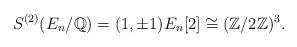
LaTeX: \begin{align*}S^{(2)}(E_{n}/\mathbb{Q})=(1,\pm1)E_{n}[2]\cong(\mathbb{Z}/2\mathbb{Z})^{3}.\end{align*}